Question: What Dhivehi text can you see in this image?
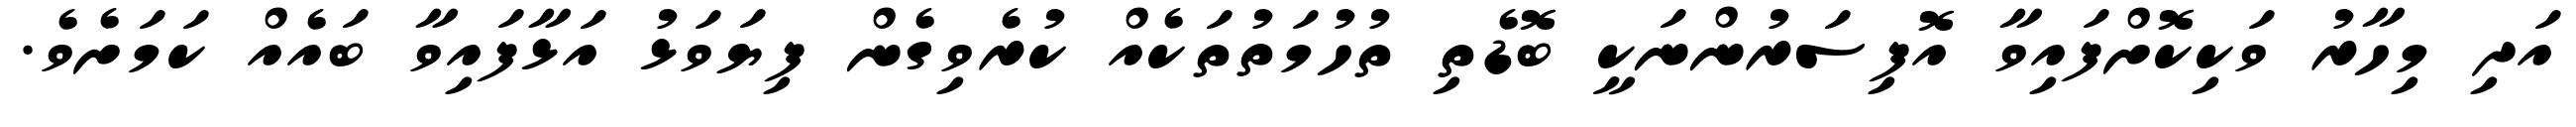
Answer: އަދި މިހާރު ވަކިކޮށްފައިވާ އޮފިސަރުންނަކީ ބޮޑެތި ތުހުމަތުތަކެއް ކުރެވިގެން ފިޔަވަޅު އަޅާފައިވާ ބައެއް ކަމަށެވެ.